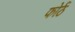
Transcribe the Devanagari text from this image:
फोर्ठ